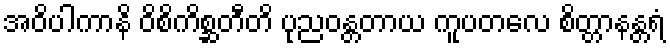
အဝိပါကာနိ ဝိစိကိစ္ဆတီတိ ပုညဝန္တတာယ ကူပတလေ စိတ္တာနန္တရံ